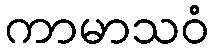
ကာမာသဝံ